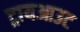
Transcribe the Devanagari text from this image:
ट्रायआउट